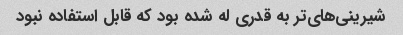
شیرینی‌های‌تر به قدری له شده بود که قابل استفاده نبود